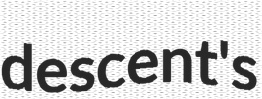
descent's